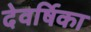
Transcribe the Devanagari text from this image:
देवर्षिका